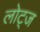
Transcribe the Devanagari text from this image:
लोट्ज